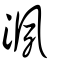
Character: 洬